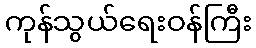
ကုန်သွယ်ရေးဝန်ကြီး